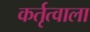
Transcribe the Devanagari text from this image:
कर्तृत्वाला